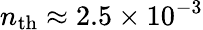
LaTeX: n_{\mathrm{th}}\approx 2.5\times 10^{-3}